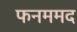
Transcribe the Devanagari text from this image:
फनममद